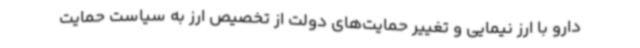
دارو با ارز نیمایی و تغییر حمایت‌های دولت از تخصیص ارز به سیاست حمایت